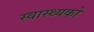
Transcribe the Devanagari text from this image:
स्वास्थ्यको